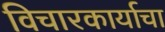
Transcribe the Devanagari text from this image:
विचारकार्याचा